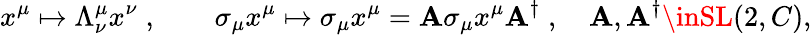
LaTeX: x^{\mu}\mapsto\Lambda_{\nu}^{\mu}x^{\nu}\; ,\qquad\sigma_{\mu}x^{\mu}\mapsto\sigma_{\mu}x^{\mu}=\mathbf{A}\sigma_{\mu}x^{\mu}\mathbf{A}^{\dagger}\; ,\quad\mathbf{A},\mathbf{A}^{\dagger}\inSL(2,C),